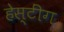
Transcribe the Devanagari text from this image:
हेस्टींग